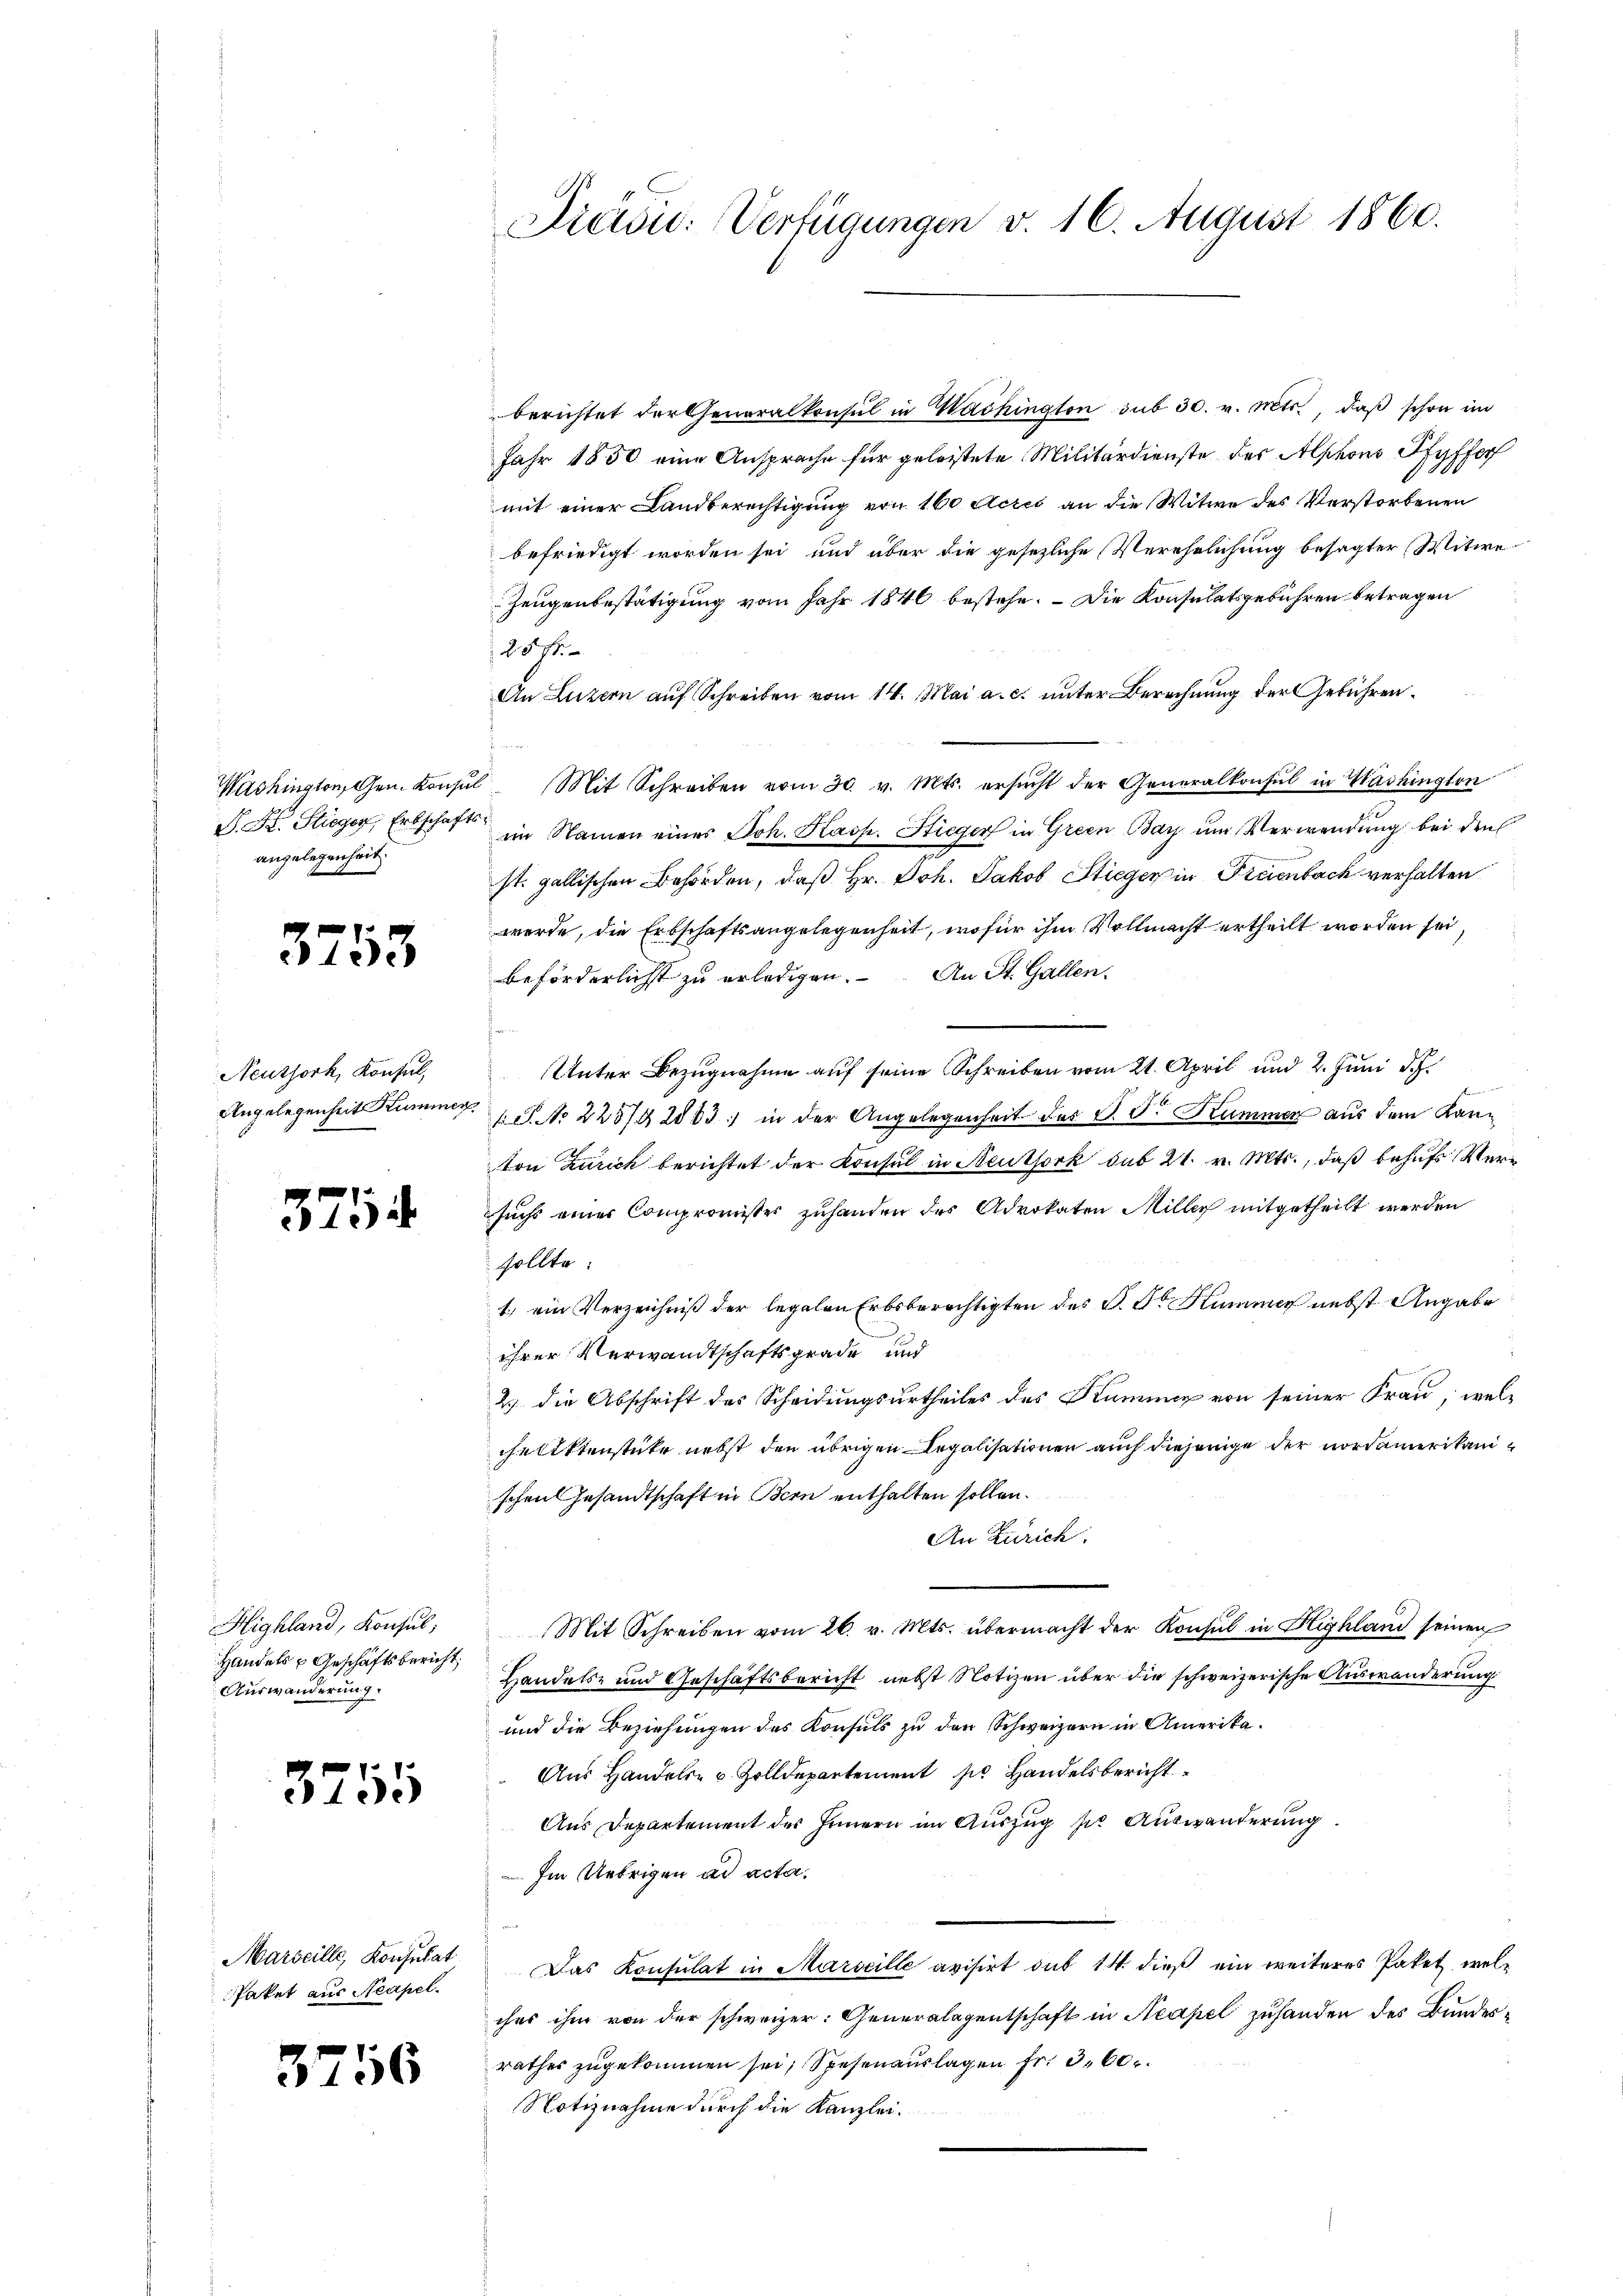
angelegenheit.

3753

Neuthork, Konsul,
Angelegenheit Kummer.

3754

Highland, Konsul,
Handels u Geschäftsbericht,
Auswanderung

3755

Marseille, Konsulat
Paket aus Neapel.

3756

Preisic: Verfügungen v. 16. August 1860.

berichtet der Generalkonsul in Washington sub 30. v. Mts., daß schon im
Jahr 1850 eine Ansprache für geleistete Militärdienste des Alphons Pfyffer
mit einer Landberechtigung von 160 Acres an die Witwe des Verstorbenen
befriedigt worden sei und aber die gesezliche Verehrlichung besagter Witwe
Zeugenbestätigung vom Jahr 1846 bestehe. – Die Konsulatsgebühren betragen
20 f.
An Luzern auf Schreiben vom 14. Mai a. c. unter Berechnung der Gebühren¬
Washington Gen. Konsul Mit Schreiben vom 30. v. Mts. ersŭcht der Generalkonsul in Washington
P. Dr. Stieger, Erbschaft in Namen eines Joh. Kasp. Stieger in Grien Bay um Verwendung bei den
st. gallischen Behörden, daß Hr. Joh. Jakob Stieger in Freienbach verhalten
werde, die Erbschaftsangelegenheit, wofür ihm Vollmacht ertheilt worden sei,
beförderlichst zu erledigen. An St. Gallen.
Unter Bezugnahme auf seine Schreiben vom 21. April und 2. Juni d. J.
S. Nr. 225/92803) in der Angelegenheit des P. Dr. Kummer aus dem Kanton Zürich berichtet der Konsul in Neuthork sub 21. v. Mts., daß behufs Versuchs einer Compromister zuhanden des Advokaten Miller mitgetheilt werden
sollte:
1.) ein Verzeichniß der legalen Erbsberichtigten des V. Dr Summer nebst Angabe
ihrer Verwandtschaftsgrade und
2) die Abschrift des Scheidungsurtheiles des Nummer von seiner Frau, welchelektenstücke nebst den übrigen Legalisationen auch diejenige der nordamerikanischen Gesandtschaft in Bern enthalten sollen.
An Zürich.
.
Mit Schreiben vom 26. v. Mts. übermacht der Konsul in Highland seinen
Handels- und Geschäftsbericht nebst Notizen über die schweizerische Auswanderung
und die Beziehungen des Konsuls zu den Schweizern in Amerika¬
Aus Handels- u. Zolldepartement zu Handelsbericht
Aus Departement des Innern im Auszug sie Auswanderung
Im Uebrigen ad acta.
Das Konsulat in Marseille avisirt das 14 dieß ein weiteres Paket welches ihm von der schweizer: Generalagentschaft in Neapel zuhanden des Bundesrathes zugekommen sei; Spesen auslagen fr. 360.
Notiznahme durch die Kanzlei¬